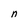
Character: n